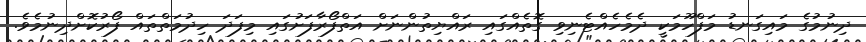
ދިނުމުގެ މައިގަނޑު މަފްހޫމަކީ ދެމެހެއްޓެނިވި ގޮތެއްގައި ރައްޔިތުންނަށް އަތްފޯރާފަށުގައި މިފަދަ ހިދުމަތްތައް ފޯރުކޮށްދިނުމެވެ.